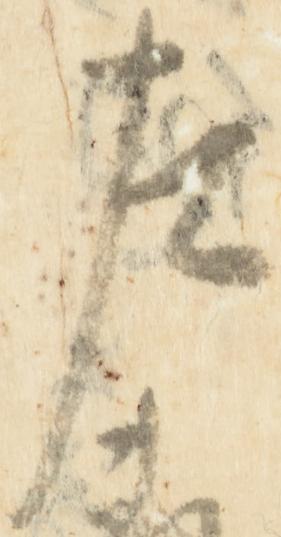
左